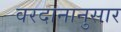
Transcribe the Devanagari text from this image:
वरदानानुसार